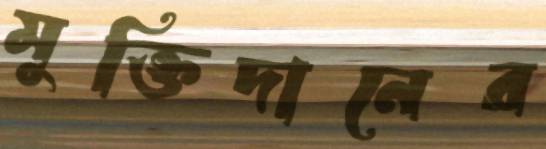
মুক্তিদানের